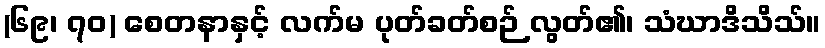
(၆၉၊ ၇၀) စေတနာနှင့် လက်မ ပုတ်ခတ်စဉ် လွတ်၏၊ သံဃာဒိသိသ်။